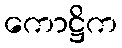
ကောဋ္ဌိက